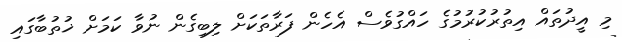
މި އީދުތައް އިތުރުކުރުމުގެ ހައްގުވެސް އެހެން ފަރާތަކަށް ލިބިގެން ނުވާ ކަމަށް ޚުތުބާގައި